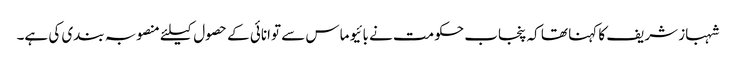
شہباز شریف کا کہنا تھا کہ پنجاب حکومت نے بائیو ماس سے توانائی کے حصول کیلئے منصوبہ بندی کی ہے۔